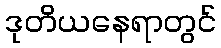
ဒုတိယနေရာတွင်